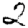
Digit: 2